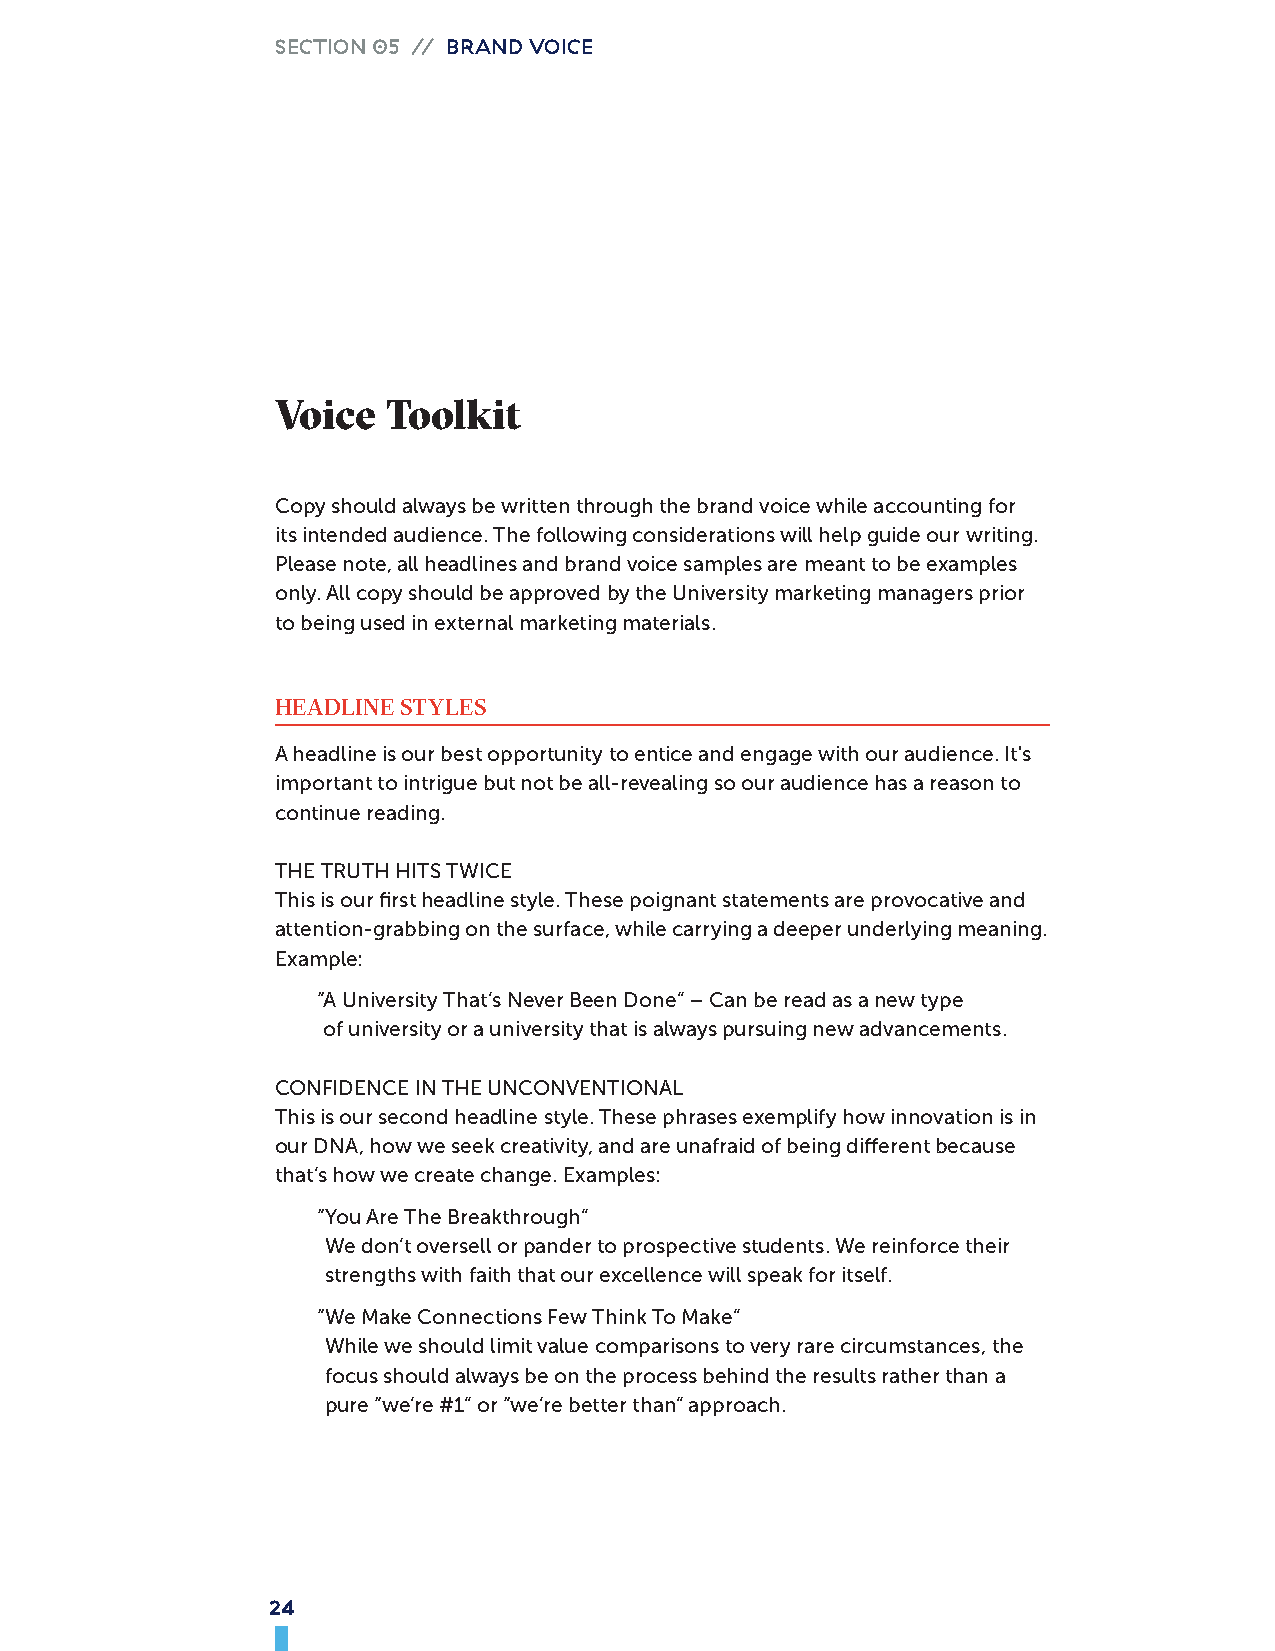
SECTION 05 // BRAND VOICE
 Voice   Toolkit
 Copy should always be written through the brand voice while accounting for
 its intended audience. The following considerations will help guide our writing.
 Please note, all headlines and brand voice samples are meant to be examples
 only. All copy should be approved by the University marketing managers prior
 to being used in external marketing materials.
 HEADLINE STYLES
 A headline is our best opportunity to entice and engage with our audience. It's
 important to intrigue but not be all-revealing so our audience has a reason to
 continue reading.
 THE TRUTH HITS TWICE
 This is our first headline style. These poignant statements are provocative and
 attention-grabbing on the surface, while carrying a deeper underlying meaning.
 Example:
 “ A University That’s Never Been Done” – Can be read as a new type
 of university or a university that is always pursuing new advancements.
 CONFIDENCE IN THE UNCONVENTIONAL
 This is our second headline style. These phrases exemplify how innovation is in
 our DNA, how we seek creativity, and are unafraid of being different because
 that’s how we create change. Examples:
 “ You Are The Breakthrough”
 We don’t oversell or pander to prospective students. We reinforce their
 strengths with faith that our excellence will speak for itself.
 “ We Make Connections Few Think To Make”
 While we should limit value comparisons to very rare circumstances, the
 focus should always be on the process behind the results rather than a
 pure “we’re #1” or “we’re better than” approach.
 24